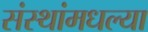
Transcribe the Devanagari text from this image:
संस्थांमधल्या